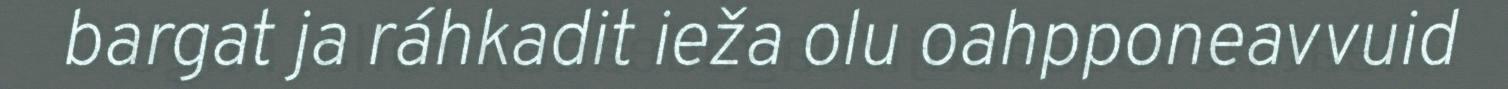
bargat ja ráhkadit ieža olu oahpponeavvuid